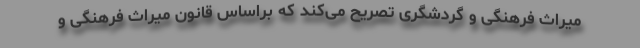
میراث فرهنگی و گردشگری تصریح می‌کند که براساس قانون میراث فرهنگی و